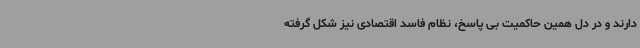
دارند و در دل همین حاکمیت بی پاسخ، نظام فاسد اقتصادی نیز شکل گرفته